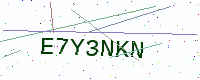
Text: E7Y3NKN